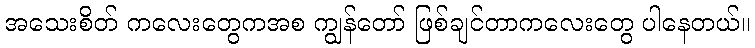
အသေးစိတ် ကလေးတွေကအစ ကျွန်တော် ဖြစ်ချင်တာကလေးတွေ ပါနေတယ်။